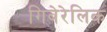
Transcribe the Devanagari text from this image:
गिबेरेलिक